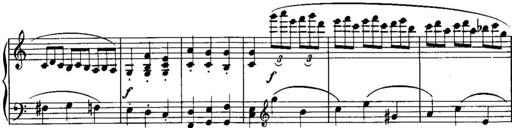
Title: Piano Sonatina No.1, Op.146
Composer: Stephen Heller